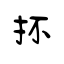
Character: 抔